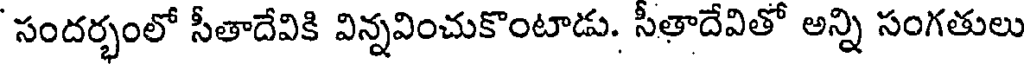
సందర్భంలో సీతాదేవికి విన్నవించుకొంటాడు. సీతాదేవితో అన్ని సంగతులు